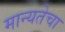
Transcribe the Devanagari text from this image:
मान्यतेचा